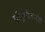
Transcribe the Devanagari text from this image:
पोर्तुगीजानंतर